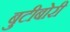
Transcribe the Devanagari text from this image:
बुटीबोरी